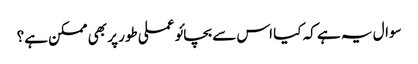
سوال یہ ہے کہ کیا اس سے بچائو عملی طور پر بھی ممکن ہے؟